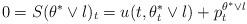
LaTeX: \begin{align*}0=S(\theta^*\vee l)_t = u(t,\theta^*_t\vee l) + p_t^{\theta^*\vee l} \end{align*}